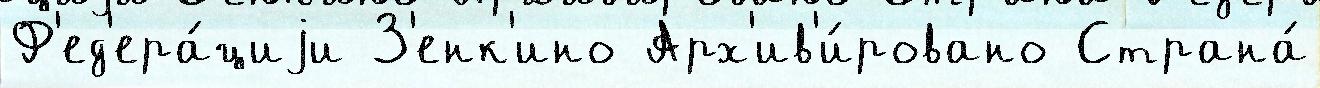
Ф'ед'ера́циjи З'енк'ино Арх'ив'и́ровано Страна́